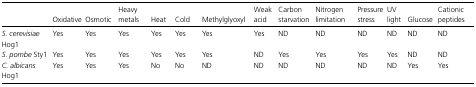
|  | Oxidative | Osmotic | Heavy metals | Heat | Cold | Methylglyoxyl | Weak acid | Carbon starvation | Nitrogen limitation | Pressure stress | UV light | Glucose | Cationic peptides |
 | --- | --- | --- | --- | --- | --- | --- | --- | --- | --- | --- | --- | --- | --- |
 | S. cerevisiae Hog1 | Yes | Yes | Yes | Yes | Yes | Yes | Yes | ND | ND | ND | ND | ND | ND |
 | S. pombe Sty1 | Yes | Yes | Yes | Yes | Yes | Yes | ND | Yes | Yes | Yes | Yes | ND | ND |
 | C. albicans Hog1 | Yes | Yes | Yes | No | No | ND | ND | ND | ND | ND | ND | Yes | Yes |